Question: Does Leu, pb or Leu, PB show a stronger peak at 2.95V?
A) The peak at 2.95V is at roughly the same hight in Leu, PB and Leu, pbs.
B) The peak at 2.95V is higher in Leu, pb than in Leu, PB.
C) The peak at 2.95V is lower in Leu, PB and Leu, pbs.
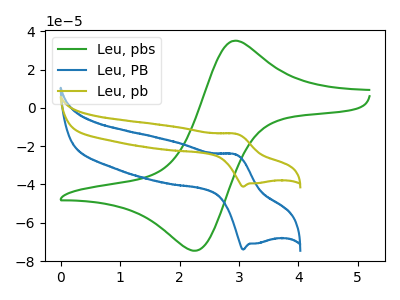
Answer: <think>The green curve "Leu, pbs" has an anodic peak at (2.90V, 34.80uA) and a cathodic peak at (2.25V, -74.65uA). The blue curve "Leu, PB" has an anodic peak at (2.95V, -24.40uA) and a cathodic peak at (3.05V, -74.00uA). The olive curve "Leu, pb" has an anodic peak at (2.95V, -13.55uA) and a cathodic peak at (3.05V, -41.15uA).</think>
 <answer>B) The peak at 2.95V is higher in "Leu, pb" than in "Leu, PB".</answer>
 <eval>B</eval>